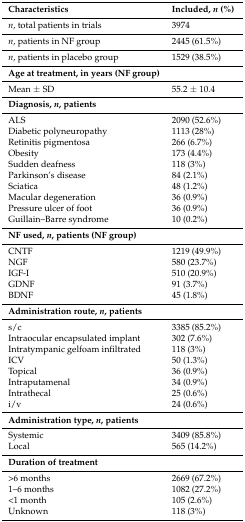
| Characteristics | Included, n (%) |
 | --- | --- |
 | n, total patients in trials | 3974 |
 | n, patients in NF group | 2445 (61.5%) |
 | n, patients in placebo group | 1529 (38.5%) |
 | Age at treatment, in years (NF group) |  |
 | Mean ± SD | 55.2 ± 10.4 |
 | Diagnosis, n, patients |  |
 | ALS | 2090 (52.6%) |
 | Diabetic polyneuropathy | 1113 (28%) |
 | Retinitis pigmentosa | 266 (6.7%) |
 | Obesity | 173 (4.4%) |
 | Sudden deafness | 118 (3%) |
 | Parkinson’s disease | 84 (2.1%) |
 | Sciatica | 48 (1.2%) |
 | Macular degeneration | 36 (0.9%) |
 | Pressure ulcer of foot | 36 (0.9%) |
 | Guillain–Barre syndrome | 10 (0.2%) |
 | NF used, n, patients (NF group) |  |
 | CNTF | 1219 (49.9%) |
 | NGF | 580 (23.7%) |
 | IGF-I | 510 (20.9%) |
 | GDNF | 91 (3.7%) |
 | BDNF | 45 (1.8%) |
 | Administration route, n, patients |  |
 | s/c | 3385 (85.2%) |
 | Intraocular encapsulated implant | 302 (7.6%) |
 | Intratympanic gelfoam infiltrated | 118 (3%) |
 | ICV | 50 (1.3%) |
 | Topical | 36 (0.9%) |
 | Intraputamenal | 34 (0.9%) |
 | Intrathecal | 25 (0.6%) |
 | i/v | 24 (0.6%) |
 | Administration type, n, patients |  |
 | Systemic | 3409 (85.8%) |
 | Local | 565 (14.2%) |
 | Duration of treatment |  |
 | >6 months | 2669 (67.2%) |
 | 1–6 months | 1082 (27.2%) |
 | <1 month | 105 (2.6%) |
 | Unknown | 118 (3%) |